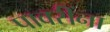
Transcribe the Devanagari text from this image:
पावरींना